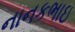
નાનકભાઇ